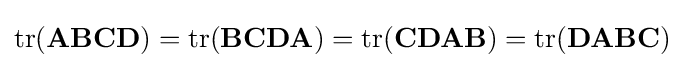
\operatorname {tr} (\mathbf {A} \mathbf {B} \mathbf {C} \mathbf {D} )=\operatorname {tr} (\mathbf {B} \mathbf {C} \mathbf {D} \mathbf {A} )=\operatorname {tr} (\mathbf {C} \mathbf {D} \mathbf {A} \mathbf {B} )=\operatorname {tr} (\mathbf {D} \mathbf {A} \mathbf {B} \mathbf {C} )